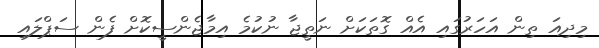
މިދިއަ ތިން އަހަރުގައި އެއް ގޮތަކަށް ނަތީޖާ ނުކުމެ އިމާޖެންސީކޮށް ފެން ސަޕްލައި